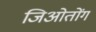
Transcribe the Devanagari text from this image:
जिओतोंग